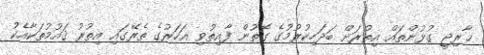
ޚާރިޖީ ގުޅުންތައް އިތުރަށް ބަދަހިކުރުމުގެ ގޮތުން ފާއިތުވި އަހަރުގެ ތެރޭގައި އިތުރު ޤައުމުތަކާއެކު